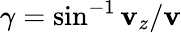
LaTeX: \gamma=\sin^{-1}\mathbf{v}_{z}/\mathbf{v}